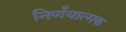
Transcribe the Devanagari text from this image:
निर्णंयात्मक